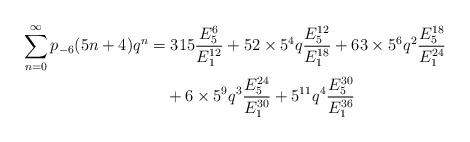
LaTeX: \begin{align*}\sum_{n=0}^{\infty}p_{-6}(5n+4)q^{n} &=315\dfrac{E_{5}^{6}}{E_{1}^{12}}+52\times5^{4}q\dfrac{E_{5}^{12}}{E_{1}^{18}}+63\times5^{6}q^{2}\dfrac{E_{5}^{18}}{E_{1}^{24}}\\ &\quad+6\times5^{9}q^{3}\dfrac{E_{5}^{24}}{E_{1}^{30}}+5^{11}q^{4}\dfrac{E_{5}^{30}}{E_{1}^{36}}\end{align*}